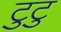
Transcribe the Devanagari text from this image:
टुटु